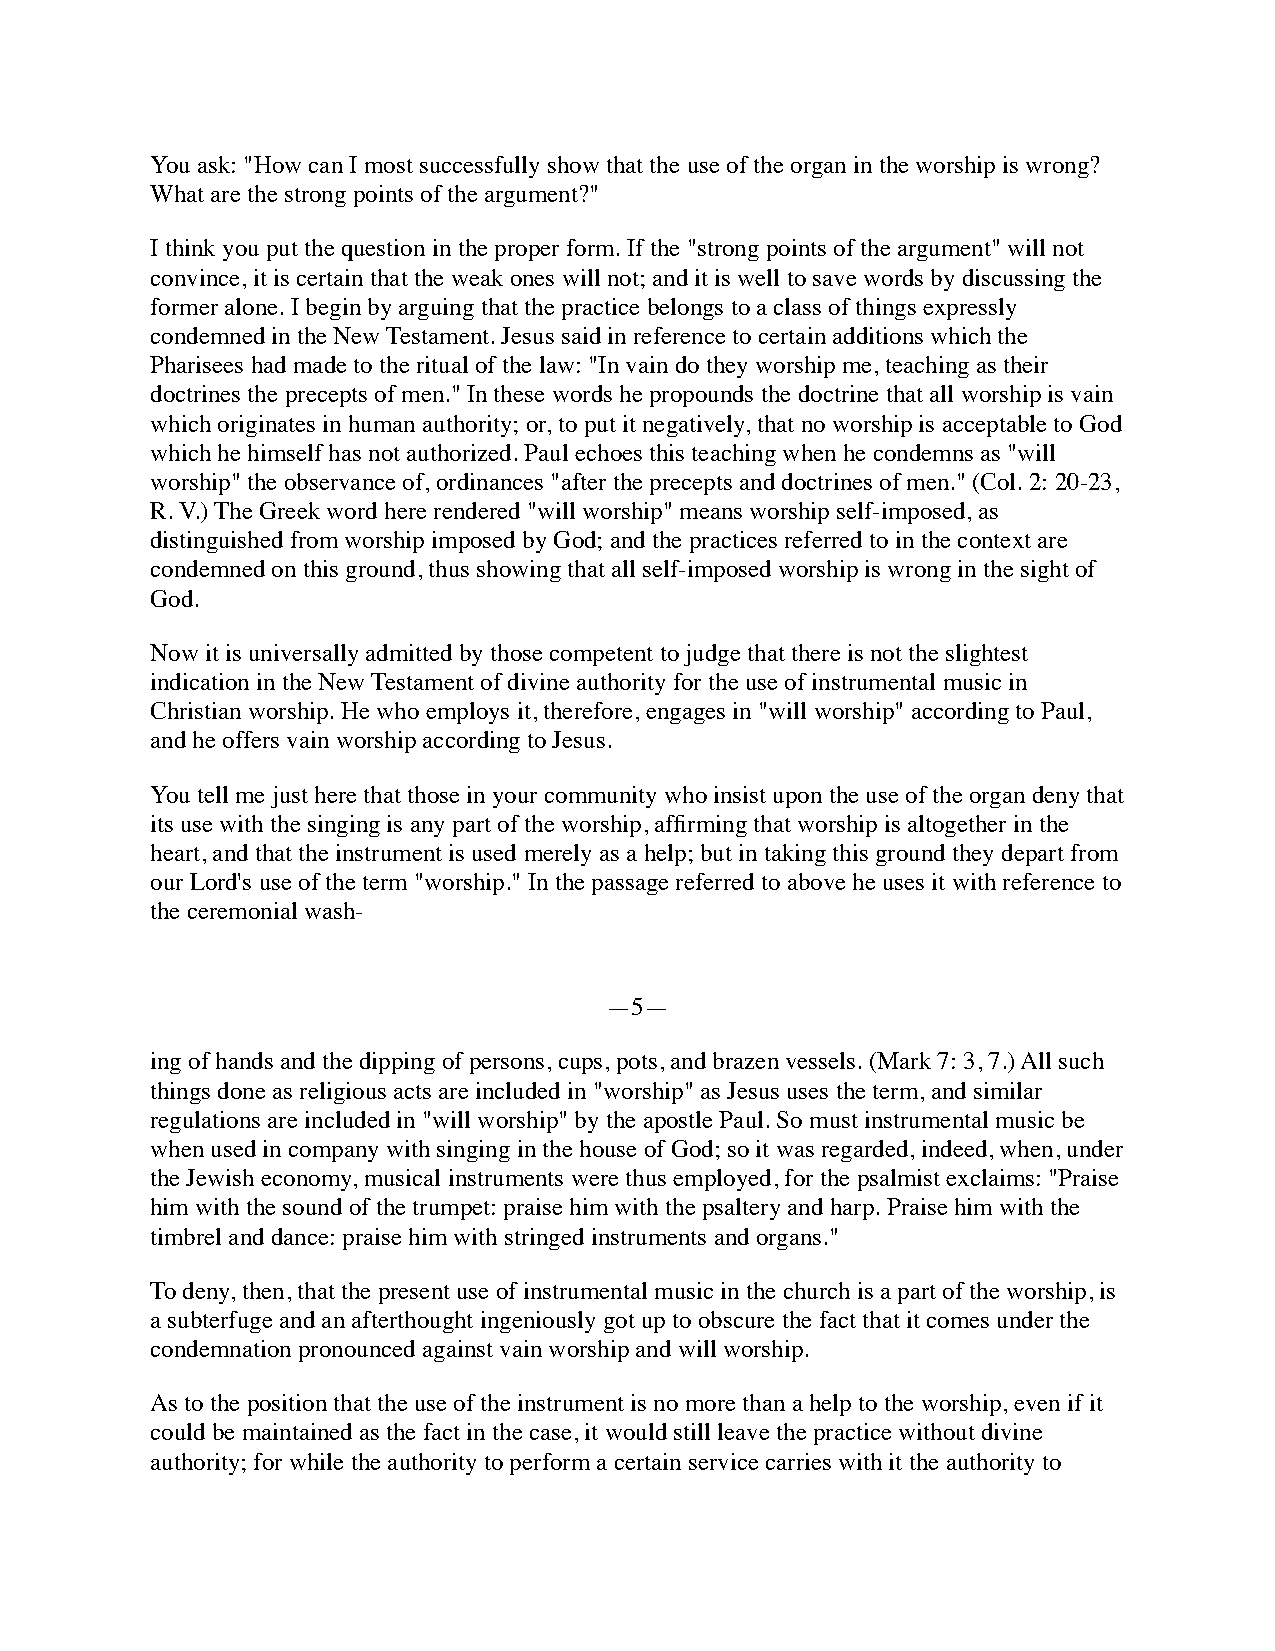
You ask: "How can I most successfully show that the use of the organ in the worship is wrong?
 What are the strong points of the argument?"
 I think you put the question in the proper form. If the "strong points of the argument" will not
 convince, it is certain that the weak ones will not; and it is well to save words by discussing the
 former alone. I begin by arguing that the practice belongs to a class of things expressly
 condemned in the New Testament. Jesus said in reference to certain additions which the
 Pharisees had made to the ritual of the law: "In vain do they worship me, teaching as their
 doctrines the precepts of men." In these words he propounds the doctrine that all worship is vain
 which originates in human authority; or, to put it negatively, that no worship is acceptable to God
 which he himself has not authorized. Paul echoes this teaching when he condemns as "will
 worship" the observance of, ordinances "after the precepts and doctrines of men." (Col. 2: 20-23,
 R. V.) The Greek word here rendered "will worship" means worship self-imposed, as
 distinguished from worship imposed by God; and the practices referred to in the context are
 condemned on this ground, thus showing that all self-imposed worship is wrong in the sight of
 God.
 Now it is universally admitted by those competent to judge that there is not the slightest
 indication in the New Testament of divine authority for the use of instrumental music in
 Christian worship. He who employs it, therefore, engages in "will worship" according to Paul,
 and he offers vain worship according to Jesus.
 You tell me just here that those in your community who insist upon the use of the organ deny that
 its use with the singing is any part of the worship, affirming that worship is altogether in the
 heart, and that the instrument is used merely as a help; but in taking this ground they depart from
 our Lord's use of the term "worship." In the passage referred to above he uses it with reference to
 the ceremonial wash-
 —5—
 ing of hands and the dipping of persons, cups, pots, and brazen vessels. (Mark 7: 3, 7.) All such
 things done as religious acts are included in "worship" as Jesus uses the term, and similar
 regulations are included in "will worship" by the apostle Paul. So must instrumental music be
 when used in company with singing in the house of God; so it was regarded, indeed, when, under
 the Jewish economy, musical instruments were thus employed, for the psalmist exclaims: "Praise
 him with the sound of the trumpet: praise him with the psaltery and harp. Praise him with the
 timbrel and dance: praise him with stringed instruments and organs."
 To deny, then, that the present use of instrumental music in the church is a part of the worship, is
 a subterfuge and an afterthought ingeniously got up to obscure the fact that it comes under the
 condemnation pronounced against vain worship and will worship.
 As to the position that the use of the instrument is no more than a help to the worship, even if it
 could be maintained as the fact in the case, it would still leave the practice without divine
 authority; for while the authority to perform a certain service carries with it the authority to